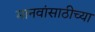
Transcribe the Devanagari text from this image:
मानवांसाठीच्या